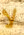
لا